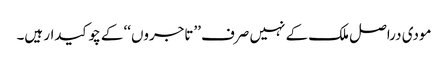
مودی دراصل ملک کے نہیں صرف ’’تاجروں‘‘ کے چوکیدار ہیں۔